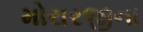
મોરારજીના